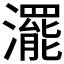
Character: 𤁣